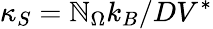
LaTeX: \kappa_{S}=\mathbb{N}_{\Omega}k_{B}/DV^{\ast}